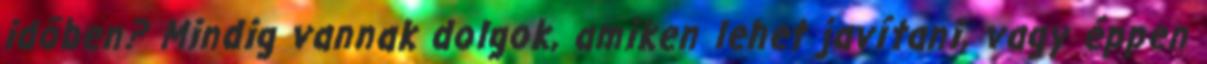
időben? Mindig vannak dolgok, amiken lehet javítani, vagy éppen